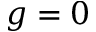
g = 0